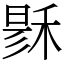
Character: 𥟟